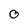
Character: 0